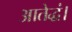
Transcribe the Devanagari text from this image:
आतेद्धं।